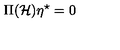
\Pi ( { \mathcal { H } } ) \eta ^ { \star } = 0